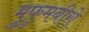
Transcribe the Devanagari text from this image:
मुफ़ुमबीरो